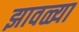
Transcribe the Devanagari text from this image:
झावळ्या